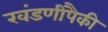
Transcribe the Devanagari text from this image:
खंडणीपैकी